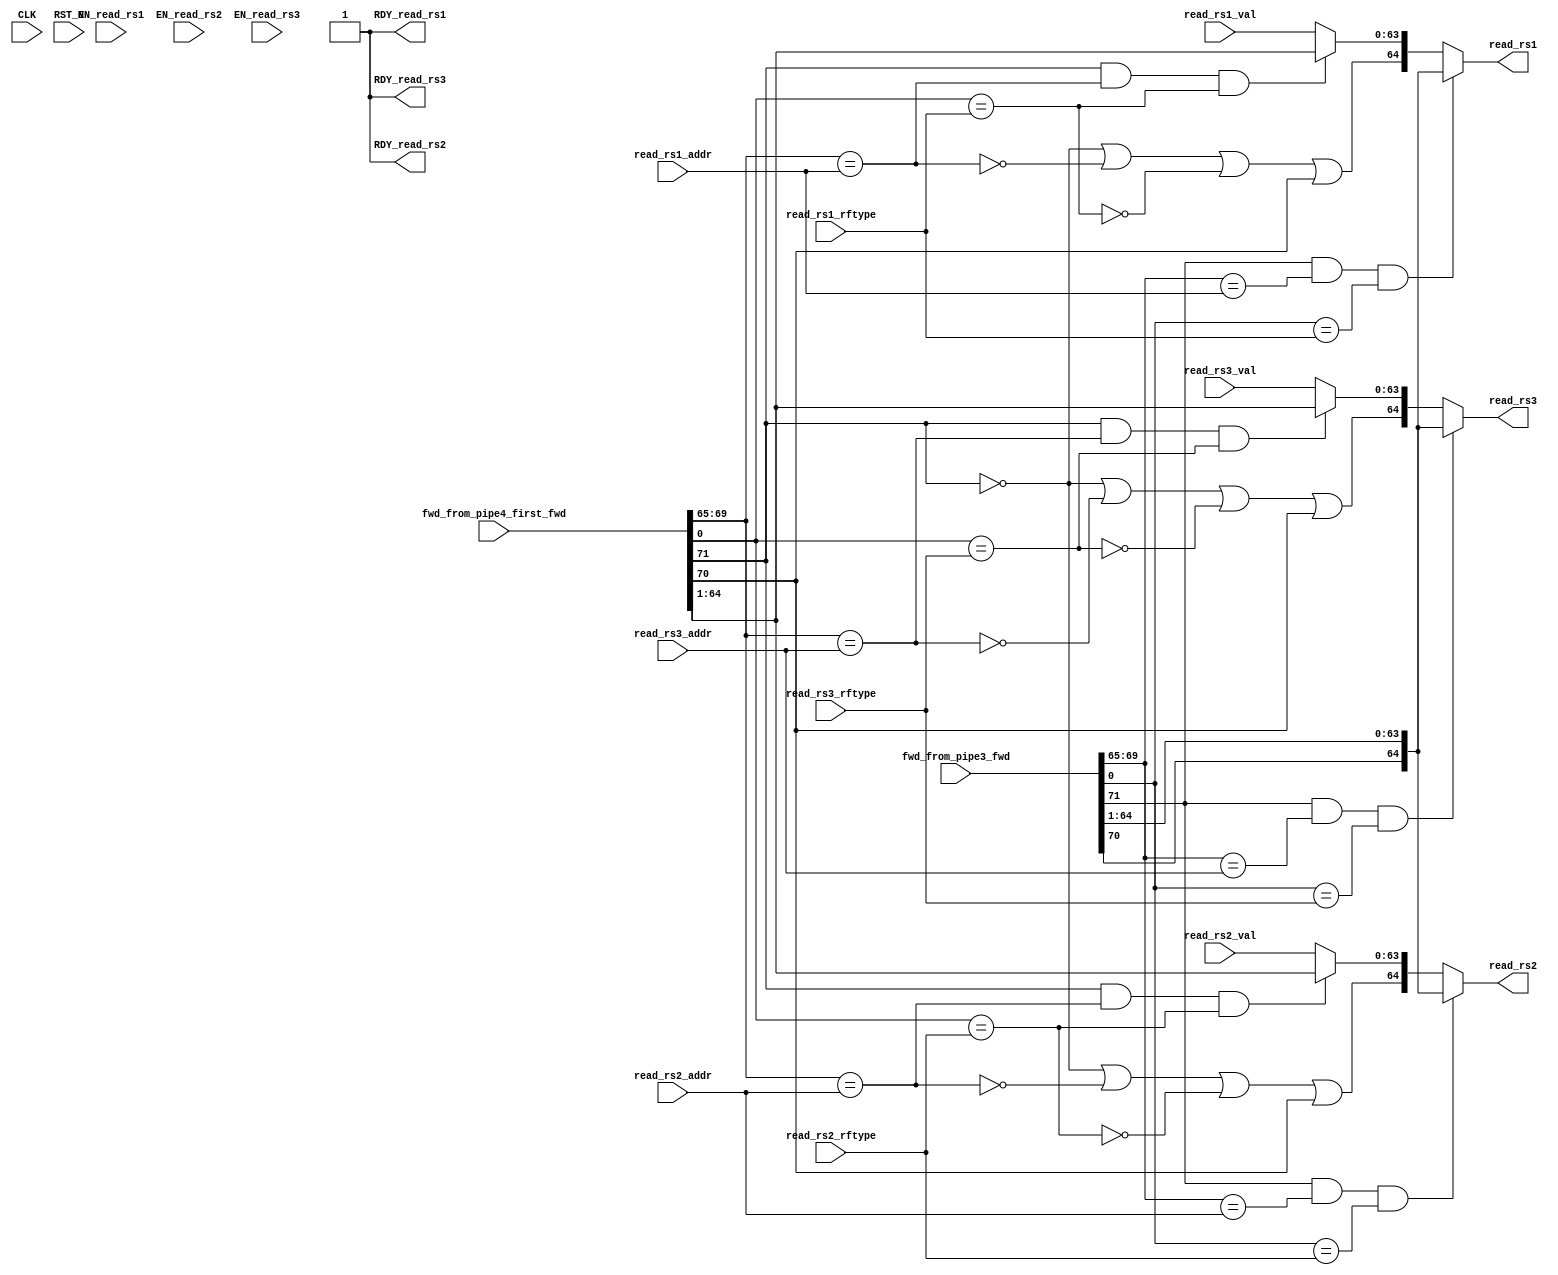
//
// Generated by Bluespec Compiler, version 2021.07-1-gaf77efcd (build af77efcd)
//
// On Tue Dec  7 15:48:15 IST 2021
//
//
// Ports:
// Name                         I/O  size props
// read_rs1                       O    65
// RDY_read_rs1                   O     1 const
// read_rs2                       O    65
// RDY_read_rs2                   O     1 const
// read_rs3                       O    65
// RDY_read_rs3                   O     1 const
// CLK                            I     1 unused
// RST_N                          I     1 unused
// fwd_from_pipe3_fwd             I    72
// fwd_from_pipe4_first_fwd       I    72
// read_rs1_val                   I    64
// read_rs1_addr                  I     5
// read_rs1_rftype                I     1
// read_rs2_val                   I    64
// read_rs2_addr                  I     5
// read_rs2_rftype                I     1
// read_rs3_val                   I    64
// read_rs3_addr                  I     5
// read_rs3_rftype                I     1
// EN_read_rs1                    I     1 unused
// EN_read_rs2                    I     1 unused
// EN_read_rs3                    I     1 unused
//
// Combinational paths from inputs to outputs:
//   (fwd_from_pipe3_fwd,
//    fwd_from_pipe4_first_fwd,
//    read_rs1_val,
//    read_rs1_addr,
//    read_rs1_rftype) -> read_rs1
//   (fwd_from_pipe3_fwd,
//    fwd_from_pipe4_first_fwd,
//    read_rs2_val,
//    read_rs2_addr,
//    read_rs2_rftype) -> read_rs2
//   (fwd_from_pipe3_fwd,
//    fwd_from_pipe4_first_fwd,
//    read_rs3_val,
//    read_rs3_addr,
//    read_rs3_rftype) -> read_rs3
//
//

`ifdef BSV_ASSIGNMENT_DELAY
`else
  `define BSV_ASSIGNMENT_DELAY
`endif

`ifdef BSV_POSITIVE_RESET
  `define BSV_RESET_VALUE 1'b1
  `define BSV_RESET_EDGE posedge
`else
  `define BSV_RESET_VALUE 1'b0
  `define BSV_RESET_EDGE negedge
`endif

module mkfwding(CLK,
		RST_N,

		fwd_from_pipe3_fwd,

		fwd_from_pipe4_first_fwd,

		read_rs1_val,
		read_rs1_addr,
		read_rs1_rftype,
		EN_read_rs1,
		read_rs1,
		RDY_read_rs1,

		read_rs2_val,
		read_rs2_addr,
		read_rs2_rftype,
		EN_read_rs2,
		read_rs2,
		RDY_read_rs2,

		read_rs3_val,
		read_rs3_addr,
		read_rs3_rftype,
		EN_read_rs3,
		read_rs3,
		RDY_read_rs3);
  parameter [63 : 0] hartid = 64'b0;
  input  CLK;
  input  RST_N;

  // action method fwd_from_pipe3
  input  [71 : 0] fwd_from_pipe3_fwd;

  // action method fwd_from_pipe4_first
  input  [71 : 0] fwd_from_pipe4_first_fwd;

  // actionvalue method read_rs1
  input  [63 : 0] read_rs1_val;
  input  [4 : 0] read_rs1_addr;
  input  read_rs1_rftype;
  input  EN_read_rs1;
  output [64 : 0] read_rs1;
  output RDY_read_rs1;

  // actionvalue method read_rs2
  input  [63 : 0] read_rs2_val;
  input  [4 : 0] read_rs2_addr;
  input  read_rs2_rftype;
  input  EN_read_rs2;
  output [64 : 0] read_rs2;
  output RDY_read_rs2;

  // actionvalue method read_rs3
  input  [63 : 0] read_rs3_val;
  input  [4 : 0] read_rs3_addr;
  input  read_rs3_rftype;
  input  EN_read_rs3;
  output [64 : 0] read_rs3;
  output RDY_read_rs3;

  // signals for module outputs
  wire [64 : 0] read_rs1, read_rs2, read_rs3;
  wire RDY_read_rs1, RDY_read_rs2, RDY_read_rs3;

  // rule scheduling signals
  wire CAN_FIRE_fwd_from_pipe3,
       CAN_FIRE_fwd_from_pipe4_first,
       CAN_FIRE_read_rs1,
       CAN_FIRE_read_rs2,
       CAN_FIRE_read_rs3,
       WILL_FIRE_fwd_from_pipe3,
       WILL_FIRE_fwd_from_pipe4_first,
       WILL_FIRE_read_rs1,
       WILL_FIRE_read_rs2,
       WILL_FIRE_read_rs3;

  // declarations used by system tasks
  // synopsys translate_off
  reg TASK_testplusargs___d1;
  reg TASK_testplusargs___d2;
  reg TASK_testplusargs___d3;
  reg [63 : 0] v__h255;
  reg TASK_testplusargs___d21;
  reg TASK_testplusargs___d22;
  reg TASK_testplusargs___d23;
  reg [63 : 0] v__h479;
  reg TASK_testplusargs_OR_TASK_testplusargs_AND_TAS_ETC___d10;
  reg TASK_testplusargs_OR_TASK_testplusargs_AND_TAS_ETC___d12;
  reg TASK_testplusargs_OR_TASK_testplusargs_AND_TAS_ETC___d8;
  reg TASK_testplusargs_OR_TASK_testplusargs_AND_TAS_ETC___d14;
  reg TASK_testplusargs_OR_TASK_testplusargs_AND_TAS_ETC___d18;
  reg TASK_testplusargs_OR_TASK_testplusargs_AND_TAS_ETC___d20;
  reg TASK_testplusargs_1_OR_TASK_testplusargs_2_AND_ETC___d28;
  reg TASK_testplusargs_1_OR_TASK_testplusargs_2_AND_ETC___d30;
  reg TASK_testplusargs_1_OR_TASK_testplusargs_2_AND_ETC___d32;
  reg TASK_testplusargs_1_OR_TASK_testplusargs_2_AND_ETC___d34;
  reg TASK_testplusargs_1_OR_TASK_testplusargs_2_AND_ETC___d38;
  reg TASK_testplusargs_1_OR_TASK_testplusargs_2_AND_ETC___d40;
  // synopsys translate_on

  // remaining internal signals
  wire [63 : 0] IF_wr_from_pipe4_first_wget__2_BIT_71_3_AND_wr_ETC___d101,
		IF_wr_from_pipe4_first_wget__2_BIT_71_3_AND_wr_ETC___d68,
		IF_wr_from_pipe4_first_wget__2_BIT_71_3_AND_wr_ETC___d86;
  wire wr_from_pipe4_first_wget__2_BITS_69_TO_65_5_EQ_ETC___d56,
       wr_from_pipe4_first_wget__2_BITS_69_TO_65_5_EQ_ETC___d77,
       wr_from_pipe4_first_wget__2_BITS_69_TO_65_5_EQ_ETC___d92,
       wr_from_pipe4_first_wget__2_BIT_0_9_EQ_read_rs_ETC___d60,
       wr_from_pipe4_first_wget__2_BIT_0_9_EQ_read_rs_ETC___d80,
       wr_from_pipe4_first_wget__2_BIT_0_9_EQ_read_rs_ETC___d95;

  // action method fwd_from_pipe3
  assign CAN_FIRE_fwd_from_pipe3 = 1'd1 ;
  assign WILL_FIRE_fwd_from_pipe3 = 1'd1 ;

  // action method fwd_from_pipe4_first
  assign CAN_FIRE_fwd_from_pipe4_first = 1'd1 ;
  assign WILL_FIRE_fwd_from_pipe4_first = 1'd1 ;

  // actionvalue method read_rs1
  assign read_rs1 =
	     (fwd_from_pipe3_fwd[71] &&
	      fwd_from_pipe3_fwd[69:65] == read_rs1_addr &&
	      fwd_from_pipe3_fwd[0] == read_rs1_rftype) ?
	       { fwd_from_pipe3_fwd[70], fwd_from_pipe3_fwd[64:1] } :
	       { !fwd_from_pipe4_first_fwd[71] ||
		 !wr_from_pipe4_first_wget__2_BITS_69_TO_65_5_EQ_ETC___d56 ||
		 !wr_from_pipe4_first_wget__2_BIT_0_9_EQ_read_rs_ETC___d60 ||
		 fwd_from_pipe4_first_fwd[70],
		 IF_wr_from_pipe4_first_wget__2_BIT_71_3_AND_wr_ETC___d68 } ;
  assign RDY_read_rs1 = 1'b1 ;
  assign CAN_FIRE_read_rs1 = 1'b1 ;
  assign WILL_FIRE_read_rs1 = EN_read_rs1 ;

  // actionvalue method read_rs2
  assign read_rs2 =
	     (fwd_from_pipe3_fwd[71] &&
	      fwd_from_pipe3_fwd[69:65] == read_rs2_addr &&
	      fwd_from_pipe3_fwd[0] == read_rs2_rftype) ?
	       { fwd_from_pipe3_fwd[70], fwd_from_pipe3_fwd[64:1] } :
	       { !fwd_from_pipe4_first_fwd[71] ||
		 !wr_from_pipe4_first_wget__2_BITS_69_TO_65_5_EQ_ETC___d77 ||
		 !wr_from_pipe4_first_wget__2_BIT_0_9_EQ_read_rs_ETC___d80 ||
		 fwd_from_pipe4_first_fwd[70],
		 IF_wr_from_pipe4_first_wget__2_BIT_71_3_AND_wr_ETC___d86 } ;
  assign RDY_read_rs2 = 1'b1 ;
  assign CAN_FIRE_read_rs2 = 1'b1 ;
  assign WILL_FIRE_read_rs2 = EN_read_rs2 ;

  // actionvalue method read_rs3
  assign read_rs3 =
	     (fwd_from_pipe3_fwd[71] &&
	      fwd_from_pipe3_fwd[69:65] == read_rs3_addr &&
	      fwd_from_pipe3_fwd[0] == read_rs3_rftype) ?
	       { fwd_from_pipe3_fwd[70], fwd_from_pipe3_fwd[64:1] } :
	       { !fwd_from_pipe4_first_fwd[71] ||
		 !wr_from_pipe4_first_wget__2_BITS_69_TO_65_5_EQ_ETC___d92 ||
		 !wr_from_pipe4_first_wget__2_BIT_0_9_EQ_read_rs_ETC___d95 ||
		 fwd_from_pipe4_first_fwd[70],
		 IF_wr_from_pipe4_first_wget__2_BIT_71_3_AND_wr_ETC___d101 } ;
  assign RDY_read_rs3 = 1'b1 ;
  assign CAN_FIRE_read_rs3 = 1'b1 ;
  assign WILL_FIRE_read_rs3 = EN_read_rs3 ;

  // remaining internal signals
  assign IF_wr_from_pipe4_first_wget__2_BIT_71_3_AND_wr_ETC___d101 =
	     (fwd_from_pipe4_first_fwd[71] &&
	      wr_from_pipe4_first_wget__2_BITS_69_TO_65_5_EQ_ETC___d92 &&
	      wr_from_pipe4_first_wget__2_BIT_0_9_EQ_read_rs_ETC___d95) ?
	       fwd_from_pipe4_first_fwd[64:1] :
	       read_rs3_val ;
  assign IF_wr_from_pipe4_first_wget__2_BIT_71_3_AND_wr_ETC___d68 =
	     (fwd_from_pipe4_first_fwd[71] &&
	      wr_from_pipe4_first_wget__2_BITS_69_TO_65_5_EQ_ETC___d56 &&
	      wr_from_pipe4_first_wget__2_BIT_0_9_EQ_read_rs_ETC___d60) ?
	       fwd_from_pipe4_first_fwd[64:1] :
	       read_rs1_val ;
  assign IF_wr_from_pipe4_first_wget__2_BIT_71_3_AND_wr_ETC___d86 =
	     (fwd_from_pipe4_first_fwd[71] &&
	      wr_from_pipe4_first_wget__2_BITS_69_TO_65_5_EQ_ETC___d77 &&
	      wr_from_pipe4_first_wget__2_BIT_0_9_EQ_read_rs_ETC___d80) ?
	       fwd_from_pipe4_first_fwd[64:1] :
	       read_rs2_val ;
  assign wr_from_pipe4_first_wget__2_BITS_69_TO_65_5_EQ_ETC___d56 =
	     fwd_from_pipe4_first_fwd[69:65] == read_rs1_addr ;
  assign wr_from_pipe4_first_wget__2_BITS_69_TO_65_5_EQ_ETC___d77 =
	     fwd_from_pipe4_first_fwd[69:65] == read_rs2_addr ;
  assign wr_from_pipe4_first_wget__2_BITS_69_TO_65_5_EQ_ETC___d92 =
	     fwd_from_pipe4_first_fwd[69:65] == read_rs3_addr ;
  assign wr_from_pipe4_first_wget__2_BIT_0_9_EQ_read_rs_ETC___d60 =
	     fwd_from_pipe4_first_fwd[0] == read_rs1_rftype ;
  assign wr_from_pipe4_first_wget__2_BIT_0_9_EQ_read_rs_ETC___d80 =
	     fwd_from_pipe4_first_fwd[0] == read_rs2_rftype ;
  assign wr_from_pipe4_first_wget__2_BIT_0_9_EQ_read_rs_ETC___d95 =
	     fwd_from_pipe4_first_fwd[0] == read_rs3_rftype ;

  // handling of system tasks

  // synopsys translate_off
  always@(negedge CLK)
  begin
    #0;
    if (RST_N != `BSV_RESET_VALUE)
      begin
        TASK_testplusargs___d1 = $test$plusargs("fullverbose");
	#0;
      end
    if (RST_N != `BSV_RESET_VALUE)
      begin
        TASK_testplusargs___d2 = $test$plusargs("mfwding");
	#0;
      end
    if (RST_N != `BSV_RESET_VALUE)
      begin
        TASK_testplusargs___d3 = $test$plusargs("l2");
	#0;
      end
    TASK_testplusargs_OR_TASK_testplusargs_AND_TAS_ETC___d10 =
	(TASK_testplusargs___d1 ||
	 TASK_testplusargs___d2 && TASK_testplusargs___d3) &&
	!fwd_from_pipe3_fwd[71];
    TASK_testplusargs_OR_TASK_testplusargs_AND_TAS_ETC___d12 =
	(TASK_testplusargs___d1 ||
	 TASK_testplusargs___d2 && TASK_testplusargs___d3) &&
	fwd_from_pipe3_fwd[70];
    TASK_testplusargs_OR_TASK_testplusargs_AND_TAS_ETC___d8 =
	(TASK_testplusargs___d1 ||
	 TASK_testplusargs___d2 && TASK_testplusargs___d3) &&
	fwd_from_pipe3_fwd[71];
    TASK_testplusargs_OR_TASK_testplusargs_AND_TAS_ETC___d14 =
	(TASK_testplusargs___d1 ||
	 TASK_testplusargs___d2 && TASK_testplusargs___d3) &&
	!fwd_from_pipe3_fwd[70];
    TASK_testplusargs_OR_TASK_testplusargs_AND_TAS_ETC___d18 =
	(TASK_testplusargs___d1 ||
	 TASK_testplusargs___d2 && TASK_testplusargs___d3) &&
	fwd_from_pipe3_fwd[0];
    TASK_testplusargs_OR_TASK_testplusargs_AND_TAS_ETC___d20 =
	(TASK_testplusargs___d1 ||
	 TASK_testplusargs___d2 && TASK_testplusargs___d3) &&
	!fwd_from_pipe3_fwd[0];
    if (RST_N != `BSV_RESET_VALUE)
      begin
        v__h255 = $time;
	#0;
      end
    if (RST_N != `BSV_RESET_VALUE)
      if (TASK_testplusargs___d1 ||
	  TASK_testplusargs___d2 && TASK_testplusargs___d3)
	$write("[%10d", v__h255, "] ");
    if (RST_N != `BSV_RESET_VALUE)
      if (TASK_testplusargs___d1 ||
	  TASK_testplusargs___d2 && TASK_testplusargs___d3)
	$write("core:%2d ", hartid, "FWDING: from PIPE3: ");
    if (RST_N != `BSV_RESET_VALUE)
      if (TASK_testplusargs___d1 ||
	  TASK_testplusargs___d2 && TASK_testplusargs___d3)
	$write("FwdType { ", "valid: ");
    if (RST_N != `BSV_RESET_VALUE)
      if (TASK_testplusargs_OR_TASK_testplusargs_AND_TAS_ETC___d8)
	$write("True");
    if (RST_N != `BSV_RESET_VALUE)
      if (TASK_testplusargs_OR_TASK_testplusargs_AND_TAS_ETC___d10)
	$write("False");
    if (RST_N != `BSV_RESET_VALUE)
      if (TASK_testplusargs___d1 ||
	  TASK_testplusargs___d2 && TASK_testplusargs___d3)
	$write(", ", "available: ");
    if (RST_N != `BSV_RESET_VALUE)
      if (TASK_testplusargs_OR_TASK_testplusargs_AND_TAS_ETC___d12)
	$write("True");
    if (RST_N != `BSV_RESET_VALUE)
      if (TASK_testplusargs_OR_TASK_testplusargs_AND_TAS_ETC___d14)
	$write("False");
    if (RST_N != `BSV_RESET_VALUE)
      if (TASK_testplusargs___d1 ||
	  TASK_testplusargs___d2 && TASK_testplusargs___d3)
	$write(", ", "addr: ");
    if (RST_N != `BSV_RESET_VALUE)
      if (TASK_testplusargs___d1 ||
	  TASK_testplusargs___d2 && TASK_testplusargs___d3)
	$write("'h%h", fwd_from_pipe3_fwd[69:65]);
    if (RST_N != `BSV_RESET_VALUE)
      if (TASK_testplusargs___d1 ||
	  TASK_testplusargs___d2 && TASK_testplusargs___d3)
	$write(", ", "data: ");
    if (RST_N != `BSV_RESET_VALUE)
      if (TASK_testplusargs___d1 ||
	  TASK_testplusargs___d2 && TASK_testplusargs___d3)
	$write("'h%h", fwd_from_pipe3_fwd[64:1]);
    if (RST_N != `BSV_RESET_VALUE)
      if (TASK_testplusargs___d1 ||
	  TASK_testplusargs___d2 && TASK_testplusargs___d3)
	$write(", ", "rftype: ");
    if (RST_N != `BSV_RESET_VALUE)
      if (TASK_testplusargs_OR_TASK_testplusargs_AND_TAS_ETC___d18)
	$write("FRF");
    if (RST_N != `BSV_RESET_VALUE)
      if (TASK_testplusargs_OR_TASK_testplusargs_AND_TAS_ETC___d20)
	$write("IRF");
    if (RST_N != `BSV_RESET_VALUE)
      if (TASK_testplusargs___d1 ||
	  TASK_testplusargs___d2 && TASK_testplusargs___d3)
	$write(" }");
    if (RST_N != `BSV_RESET_VALUE)
      if (TASK_testplusargs___d1 ||
	  TASK_testplusargs___d2 && TASK_testplusargs___d3)
	$write("\n");
    if (RST_N != `BSV_RESET_VALUE)
      begin
        TASK_testplusargs___d21 = $test$plusargs("fullverbose");
	#0;
      end
    if (RST_N != `BSV_RESET_VALUE)
      begin
        TASK_testplusargs___d22 = $test$plusargs("mfwding");
	#0;
      end
    if (RST_N != `BSV_RESET_VALUE)
      begin
        TASK_testplusargs___d23 = $test$plusargs("l2");
	#0;
      end
    TASK_testplusargs_1_OR_TASK_testplusargs_2_AND_ETC___d28 =
	(TASK_testplusargs___d21 ||
	 TASK_testplusargs___d22 && TASK_testplusargs___d23) &&
	fwd_from_pipe4_first_fwd[71];
    TASK_testplusargs_1_OR_TASK_testplusargs_2_AND_ETC___d30 =
	(TASK_testplusargs___d21 ||
	 TASK_testplusargs___d22 && TASK_testplusargs___d23) &&
	!fwd_from_pipe4_first_fwd[71];
    TASK_testplusargs_1_OR_TASK_testplusargs_2_AND_ETC___d32 =
	(TASK_testplusargs___d21 ||
	 TASK_testplusargs___d22 && TASK_testplusargs___d23) &&
	fwd_from_pipe4_first_fwd[70];
    TASK_testplusargs_1_OR_TASK_testplusargs_2_AND_ETC___d34 =
	(TASK_testplusargs___d21 ||
	 TASK_testplusargs___d22 && TASK_testplusargs___d23) &&
	!fwd_from_pipe4_first_fwd[70];
    TASK_testplusargs_1_OR_TASK_testplusargs_2_AND_ETC___d38 =
	(TASK_testplusargs___d21 ||
	 TASK_testplusargs___d22 && TASK_testplusargs___d23) &&
	fwd_from_pipe4_first_fwd[0];
    TASK_testplusargs_1_OR_TASK_testplusargs_2_AND_ETC___d40 =
	(TASK_testplusargs___d21 ||
	 TASK_testplusargs___d22 && TASK_testplusargs___d23) &&
	!fwd_from_pipe4_first_fwd[0];
    if (RST_N != `BSV_RESET_VALUE)
      begin
        v__h479 = $time;
	#0;
      end
    if (RST_N != `BSV_RESET_VALUE)
      if (TASK_testplusargs___d21 ||
	  TASK_testplusargs___d22 && TASK_testplusargs___d23)
	$write("[%10d", v__h479, "] ");
    if (RST_N != `BSV_RESET_VALUE)
      if (TASK_testplusargs___d21 ||
	  TASK_testplusargs___d22 && TASK_testplusargs___d23)
	$write("core:%2d ", hartid, "FWDING: from PIPE4-first: ");
    if (RST_N != `BSV_RESET_VALUE)
      if (TASK_testplusargs___d21 ||
	  TASK_testplusargs___d22 && TASK_testplusargs___d23)
	$write("FwdType { ", "valid: ");
    if (RST_N != `BSV_RESET_VALUE)
      if (TASK_testplusargs_1_OR_TASK_testplusargs_2_AND_ETC___d28)
	$write("True");
    if (RST_N != `BSV_RESET_VALUE)
      if (TASK_testplusargs_1_OR_TASK_testplusargs_2_AND_ETC___d30)
	$write("False");
    if (RST_N != `BSV_RESET_VALUE)
      if (TASK_testplusargs___d21 ||
	  TASK_testplusargs___d22 && TASK_testplusargs___d23)
	$write(", ", "available: ");
    if (RST_N != `BSV_RESET_VALUE)
      if (TASK_testplusargs_1_OR_TASK_testplusargs_2_AND_ETC___d32)
	$write("True");
    if (RST_N != `BSV_RESET_VALUE)
      if (TASK_testplusargs_1_OR_TASK_testplusargs_2_AND_ETC___d34)
	$write("False");
    if (RST_N != `BSV_RESET_VALUE)
      if (TASK_testplusargs___d21 ||
	  TASK_testplusargs___d22 && TASK_testplusargs___d23)
	$write(", ", "addr: ");
    if (RST_N != `BSV_RESET_VALUE)
      if (TASK_testplusargs___d21 ||
	  TASK_testplusargs___d22 && TASK_testplusargs___d23)
	$write("'h%h", fwd_from_pipe4_first_fwd[69:65]);
    if (RST_N != `BSV_RESET_VALUE)
      if (TASK_testplusargs___d21 ||
	  TASK_testplusargs___d22 && TASK_testplusargs___d23)
	$write(", ", "data: ");
    if (RST_N != `BSV_RESET_VALUE)
      if (TASK_testplusargs___d21 ||
	  TASK_testplusargs___d22 && TASK_testplusargs___d23)
	$write("'h%h", fwd_from_pipe4_first_fwd[64:1]);
    if (RST_N != `BSV_RESET_VALUE)
      if (TASK_testplusargs___d21 ||
	  TASK_testplusargs___d22 && TASK_testplusargs___d23)
	$write(", ", "rftype: ");
    if (RST_N != `BSV_RESET_VALUE)
      if (TASK_testplusargs_1_OR_TASK_testplusargs_2_AND_ETC___d38)
	$write("FRF");
    if (RST_N != `BSV_RESET_VALUE)
      if (TASK_testplusargs_1_OR_TASK_testplusargs_2_AND_ETC___d40)
	$write("IRF");
    if (RST_N != `BSV_RESET_VALUE)
      if (TASK_testplusargs___d21 ||
	  TASK_testplusargs___d22 && TASK_testplusargs___d23)
	$write(" }");
    if (RST_N != `BSV_RESET_VALUE)
      if (TASK_testplusargs___d21 ||
	  TASK_testplusargs___d22 && TASK_testplusargs___d23)
	$write("\n");
  end
  // synopsys translate_on
endmodule  // mkfwding